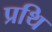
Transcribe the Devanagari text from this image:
प्रथि